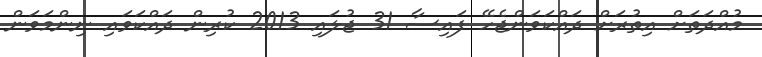
މުއްދަތަށް އިތުރަށް ދައްކަވަންޖެހޭ ފައިސާ 31 ޖުލައި 2013 ކުރިން ދައްކަވައި ނިންމަވަން